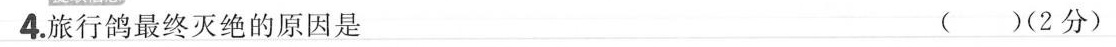
4.旅行鸽最终灭绝的原因是（2分）